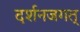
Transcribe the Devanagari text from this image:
दर्शनजगत्